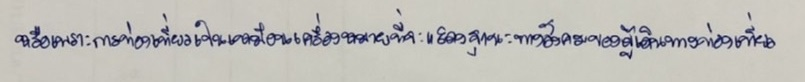
หรือเพราะการท่องเที่ยวเป็นเหมือนเครื่องหมายที่จะแสดงฐานะทางสังคมของผู้เดินทางท่องเที่ยว